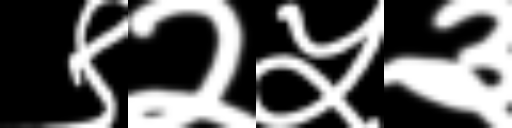
Text: ९२५३